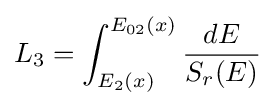
L_{3}=\int _{E_{2}(x)}^{E_{02}(x)}{\frac {dE}{S_{r}(E)}}